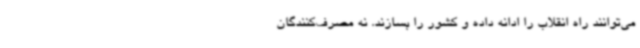
می‌توانند راه انقلاب را ادانه داده و کشور را بسازند. نه مصرف‌کنندگان